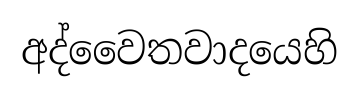
අද්වෛතවාදයෙහි